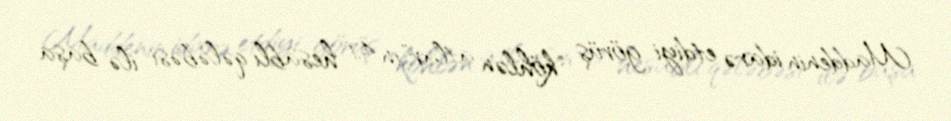
Maddenin idarə etdiyi görüş "köhlən atlar"ın 4:1 hesablı qələbəsi ilə başa